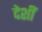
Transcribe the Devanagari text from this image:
देशीं